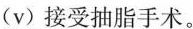
(v)接受抽脂手术。